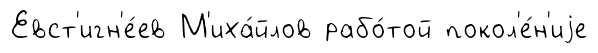
Евст'игн'е́ев М'иха́йлов рабо́той покол'е́н'иjе